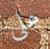
على